Report of the Indian Hemp Drugs Commission, 1894-1895 - Volume III
Year: 1894
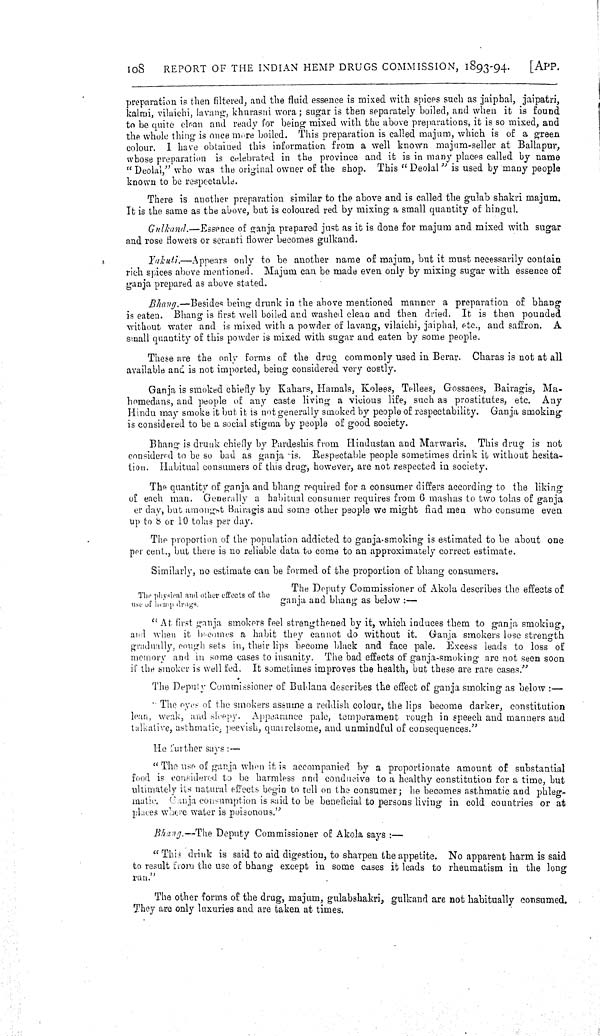
108
REPORT OF THE INDIAN HEMP DRUGS COMMISSION, 1893-94.
[APP.
preparation is then filtered, and the fluid essence is mixed with spices such as jaiphal, jaipatri,
kalmi, vilaichi, lavang, khurasni wora; sugar is then separately boiled, and when it is found
to be quite clean and ready for being mixed with the above preparations, it is so mixed, and
the whole thing is once more boiled. This preparation is called majum, which is of a green
colour. I have obtained this information from a well known majum-seller at Ballapur,
whose preparation is celebrated in the province and it is in many places called by name
" Deolal," who was the original owner of the shop. This "Deolal" is used by many people
known to be respectable.
There is another preparation similar to the above and is called the gulab shakri majum.
It is the same as the above, but is coloured red by mixing a small quantity of hingul.
Gulkand.—Essence of ganja prepared just as it is done for majum and mixed with sugar
and rose flowers or seranti flower becomes gulkand.
Yakuti.—Appears only to be another name of majum, but it must necessarily contain
rich spices above mentioned. Majum can be made even only by mixing sugar with essence of
ganja prepared as above stated.
Bhang.—Besides being drunk in the above mentioned manner a preparation of bhang
is eaten. Bhang is first well boiled and washed clean and then dried. It is then pounded
without water and is mixed with a powder of lavang, vilaichi, jaiphal, etc., and saffron. A
small quantity of this powder is mixed with sugar and eaten by some people.
These are the only forms of the drug commonly used in Berar. Charas is not at all
available and is not imported, being considered very costly.
Ganja is smoked chiefly by Kahars, Hamals, Kolees, Tellees, Gossaees, Bairagis, Ma-
homedans, and people of any caste living a vicious life, such as prostitutes, etc. Any
Hindu may smoke it but it is not generally smoked by people of respectability. Ganja smoking
is considered to be a social stigma by people of good society.
Bhang is drunk chiefly by Pardeshis from Hindustan and Marwaris. This drug is not
considered to be so bad as ganja is. Respectable people sometimes drink it without hesita-
tion. Habitual consumers of this drug, however, are not respected in society.
The quantity of ganja and bhang required for a consumer differs according to the liking
of each man. Generally a habitual consumer requires from 6 mashas to two tolas of ganja
er day, but amongst Bairagis and some other people we might find men who consume even
up to 8 or 10 tolas per day.
The proportion of the population addicted to ganja-smoking is estimated to be about one
per cent., but there is no reliable data to come to an approximately correct estimate.
Similarly, no estimate can be formed of the proportion of bhang consumers.
The physical and other effects of the
use of hemp drugs.
The Deputy Commissioner of Akola describes the effects of
ganja and bhang as below:—
"At first ganja smokers feel strengthened by it, which induces them to ganja smoking,
and when it becomes a habit they cannot do without it. Ganja smokers lose strength
gradually, cough sets in, their lips become black and face pale. Excess leads to loss of
memory and in some cases to insanity. The bad effects of ganja-smoking are not seen soon
if the smoker is well fed. It sometimes improves the health, but these are rare cases."
The Deputy Commissioner of Buldana describes the effect of ganja smoking as below:—
"The eyes of the smokers assume a reddish colour, the lips become darker, constitution
lean, weak, and sleepy. Appearance pale, temperament rough in speech and manners and
talkative, asthmatic, peevish, quarrelsome, and unmindful of consequences."
He further says:—
"The use of ganja when it is accompanied by a proportionate amount of substantial
food is considered to be harmless and conducive to a healthy constitution for a time, but
ultimately its natural effects begin to tell on the consumer; he becomes asthmatic and phleg-
matic. Ganja consumption is said to be beneficial to persons living in cold countries or at
places where water is poisonous."
Bhang.—The Deputy Commissioner of Akola says:—
"This drink is said to aid digestion, to sharpen the appetite. No apparent harm is said
to result from the use of bhang except in some cases it leads to rheumatism in the long
run."
The other forms of the drug, majum, gulabshakri, gulkand are not habitually consumed.
They are only luxuries and are taken at times.